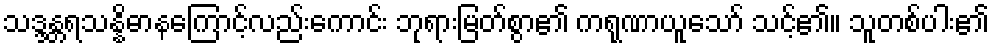
သဒ္ဒန္တရသန္နိဓာနကြောင့်လည်းကောင်း ဘုရားမြတ်စွာ၏ ကရုဏာယူသော် သင့်၏။ သူတစ်ပါး၏